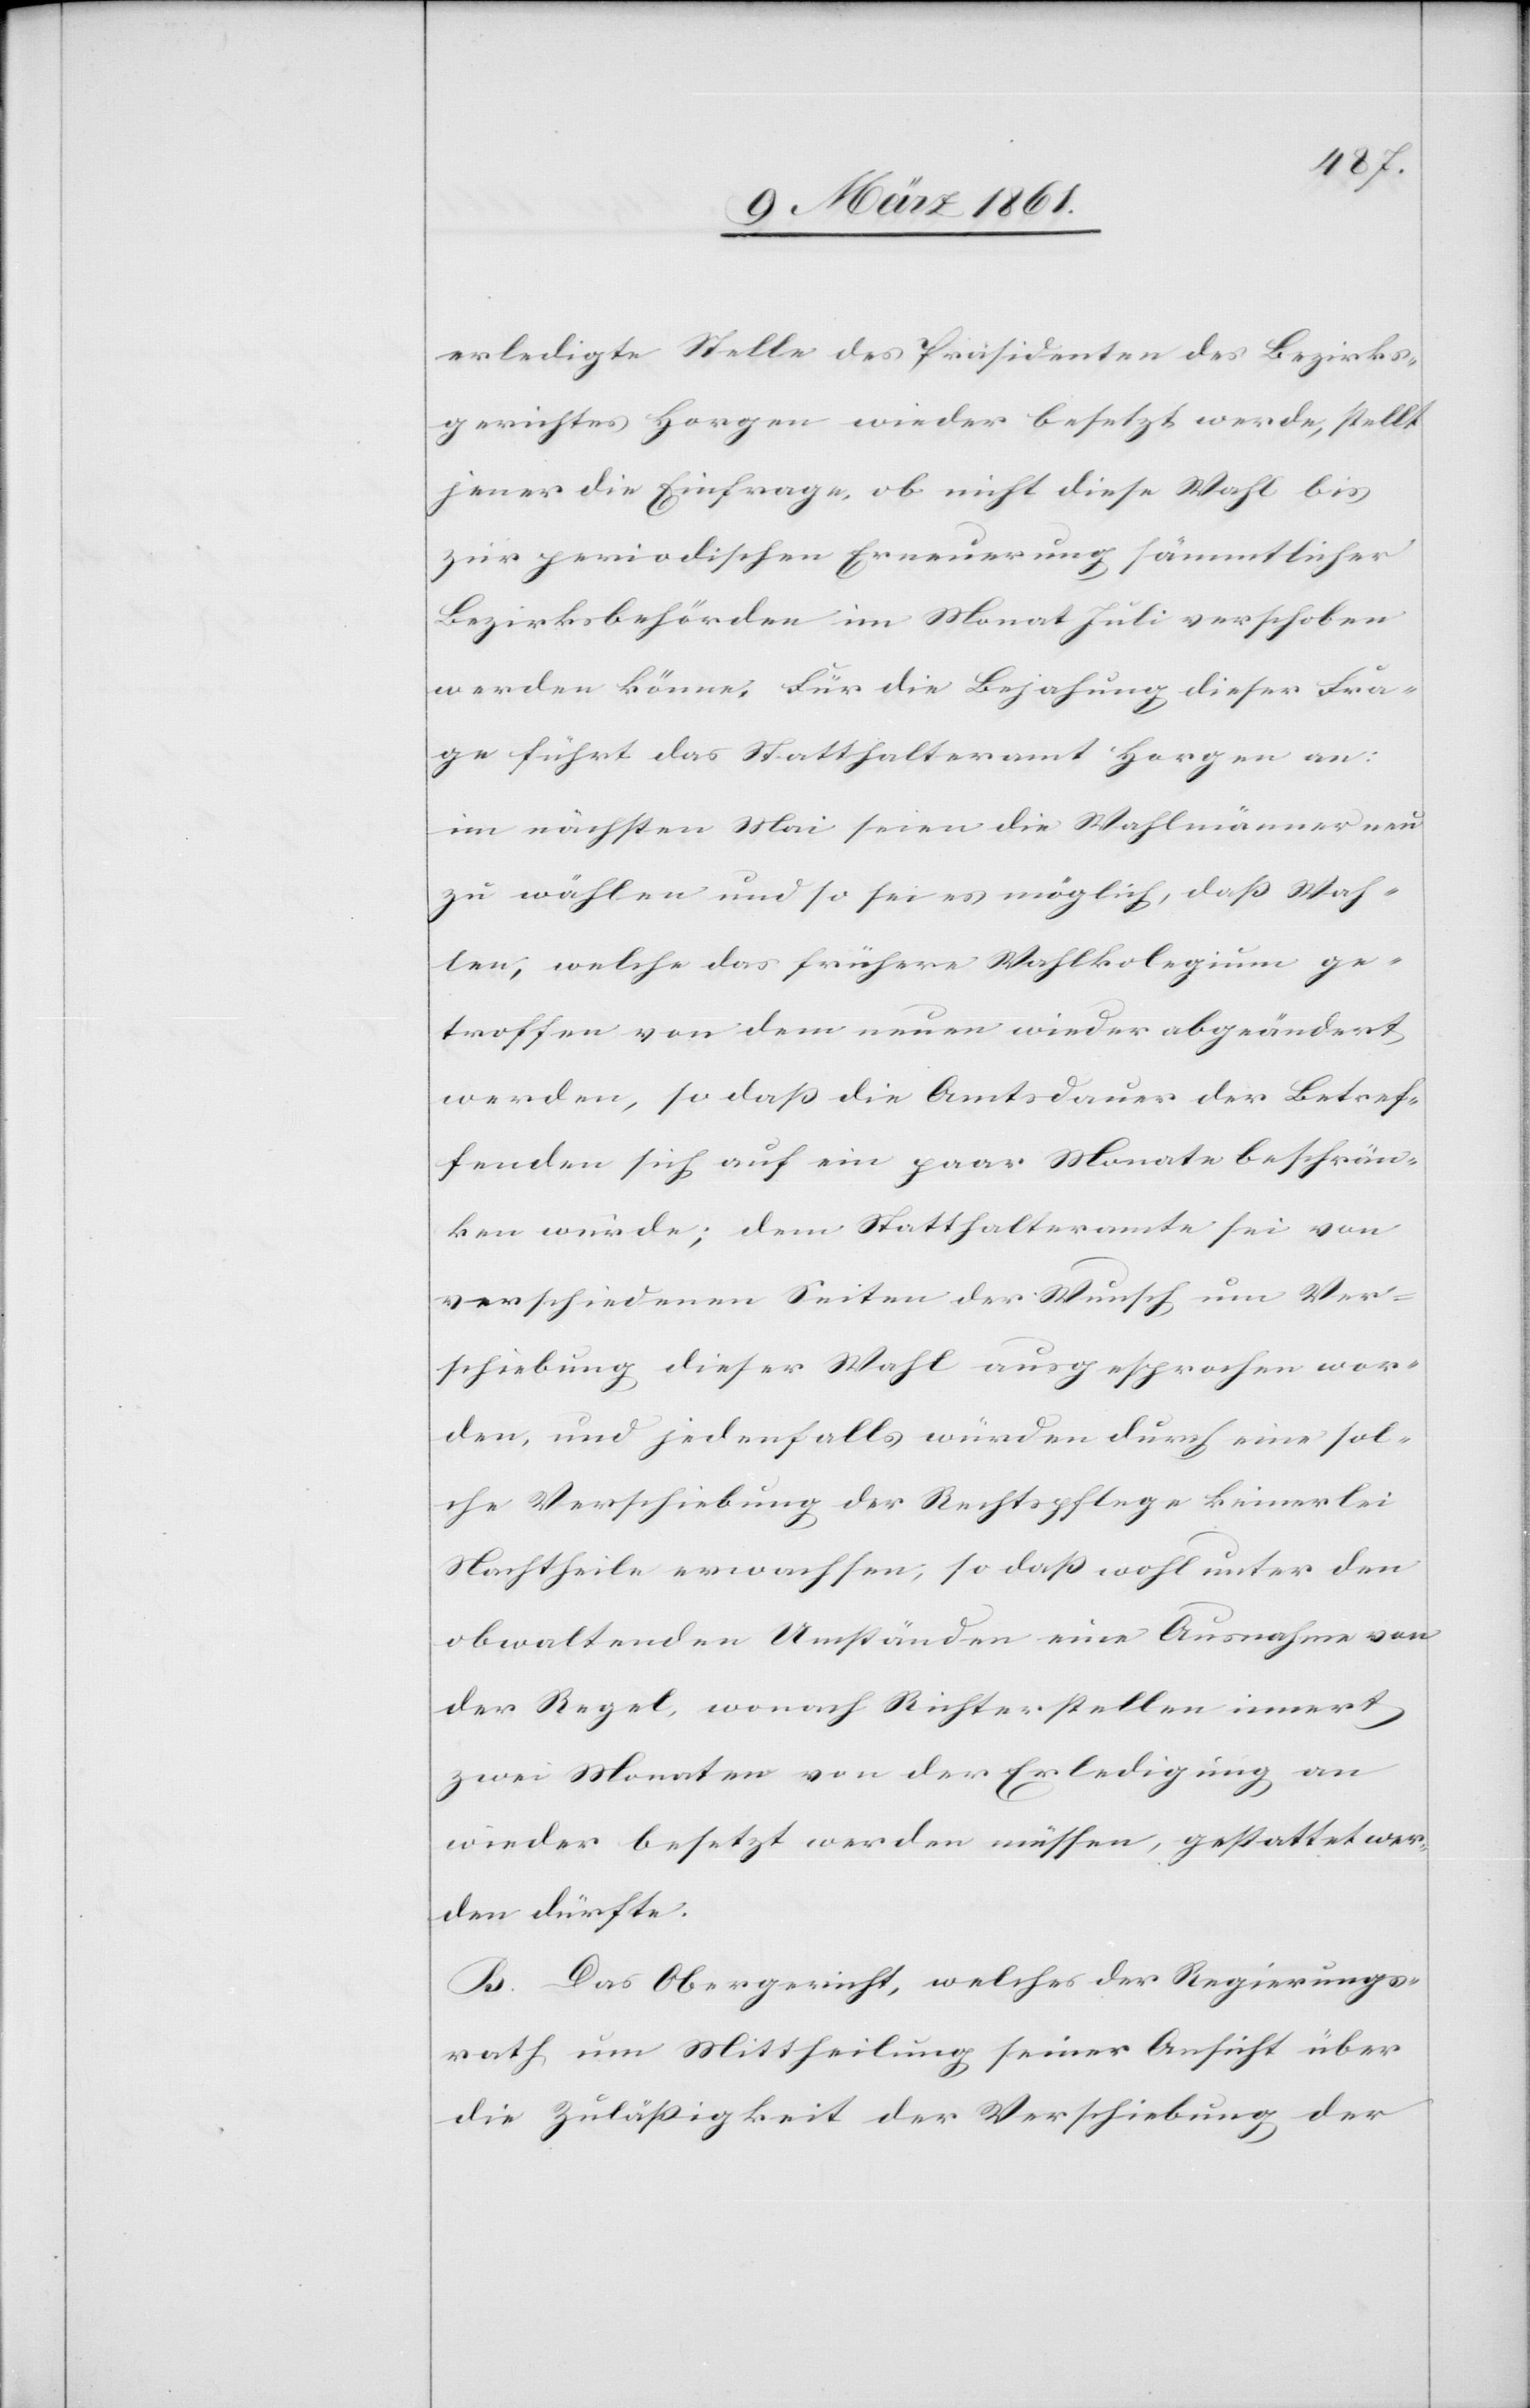
erledigte Stelle des Präsidenten des Bezirks¬
gerichtes Horgen wieder besetzt werde, stellt
jener die Einfrage, ob nicht diese Wahl bis
zur periodischen Erneuerung sämmtlicher
Bezirksbehörden im Monat Juli verschoben
werden könne. Für die Bejahung dieser Fra¬
ge führt das Statthalteramt Horgen an:
im nächsten Mai seien die Wahlmänner neu
zu wählen und so sei es möglich, dass Wah¬
len, welche das frühere Wahlkol[l]egium ge¬
troffen von dem neuen wieder abgeändert
werden, so dass die Amtsdauer der Betref¬
fenden sich auf ein paar Monate beschrän¬
ken würde; dem Statthalteramte sei von
verschiedenen Seiten der Wunsch, um Ver¬
schiebung dieser Wahl ausgesprochen wor¬
den, und jedenfalls würden durch eine sol¬
che Verschiebung der Rechtspflege keinerlei
Nachtheile erwachsen, so dass wohl unter den
obwaltenden Umständen eine Ausnahme von
der Regel, wonach Richterstellen innert
zwei Monaten von der Erledigung an
wieder besetzt werden müssen, gestattet wer¬
den dürfte.
B. Das Obergericht, welches der Regierungs¬
rath um Mittheilung seiner Ansicht über
die Zulässigkeit der Verschiebung der